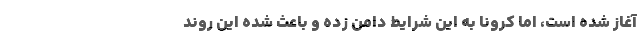
آغاز شده است، اما کرونا به این شرایط دامن زده و باعث شده این روند